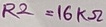
Text: R2=16KΩ